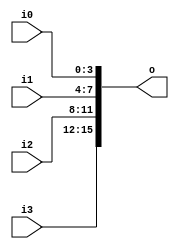
module v401a28_v9a2a06 (
 input [3:0] i3,
 input [3:0] i2,
 input [3:0] i1,
 input [3:0] i0,
 output [15:0] o
);
 assign o = {i3, i2, i1, i0};
endmodule